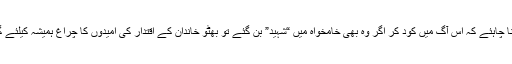
انہیں محتاط رہنا چاہئے کہ اس آگ میں کود کر اگر وہ بھی خامخواہ میں “شہید” بن گئے تو بھٹو خاندان کے اقتدار کی امیدوں کا چراغ ہمیشہ کیلئے گل ہو جائے گا۔